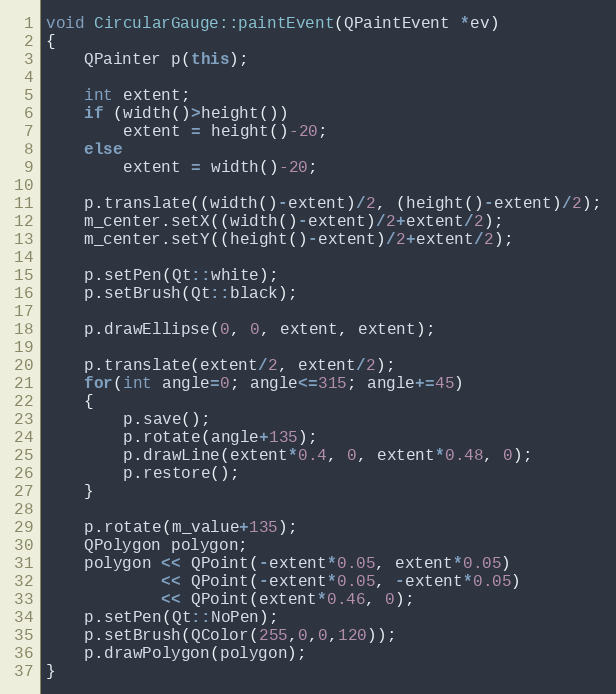
Language: C++
void CircularGauge::paintEvent(QPaintEvent *ev)
{
    QPainter p(this);

    int extent;
    if (width()>height())
        extent = height()-20;
    else
        extent = width()-20;

    p.translate((width()-extent)/2, (height()-extent)/2);
    m_center.setX((width()-extent)/2+extent/2);
    m_center.setY((height()-extent)/2+extent/2);

    p.setPen(Qt::white);
    p.setBrush(Qt::black);

    p.drawEllipse(0, 0, extent, extent);

    p.translate(extent/2, extent/2);
    for(int angle=0; angle<=315; angle+=45)
    {
        p.save();
        p.rotate(angle+135);
        p.drawLine(extent*0.4, 0, extent*0.48, 0);
        p.restore();
    }

    p.rotate(m_value+135);
    QPolygon polygon;
    polygon << QPoint(-extent*0.05, extent*0.05)
            << QPoint(-extent*0.05, -extent*0.05)
            << QPoint(extent*0.46, 0);
    p.setPen(Qt::NoPen);
    p.setBrush(QColor(255,0,0,120));
    p.drawPolygon(polygon);
}